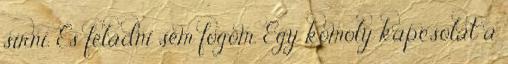
sírni. És feladni sem fogom. Egy komoly kapcsolat a